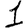
Digit: 1